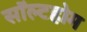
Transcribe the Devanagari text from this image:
सॉल्टहोम